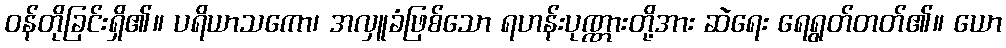
ဝန်တိုခြင်းရှိ၏။ ပရိယာသကော၊ အလှူခံဖြစ်သော ရဟန်းပုဏ္ဏားတို့အား ဆဲရေး ရေရွတ်တတ်၏။ ယော